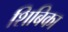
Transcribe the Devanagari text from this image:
शिबिका